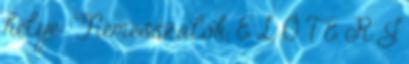
helye: Nemesszalók, E L Ő T E R J